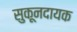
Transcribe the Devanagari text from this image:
सुकूनदायक